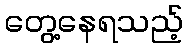
တွေ့နေရသည့်